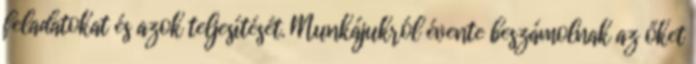
feladatokat és azok teljesítését. Munkájukról évente beszámolnak az őket